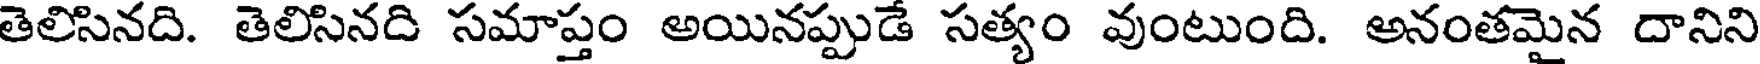
తెలిసినది. తెలిసినది సమాప్తం అయినప్పుడే సత్యం వుంటుంది. అనంతమైన దానిని